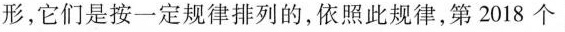
形，它们是按一定规律排列的，依照此规律，第2018个